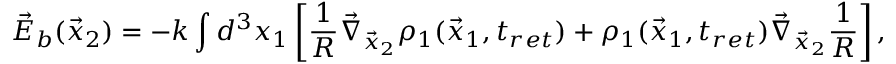
\vec { E } _ { b } ( \vec { x } _ { 2 } ) = - k \int d ^ { 3 } x _ { 1 } \left[ \frac { 1 } { R } \vec { \nabla } _ { \vec { x } _ { 2 } } \rho _ { 1 } ( \vec { x } _ { 1 } , t _ { r e t } ) + \rho _ { 1 } ( \vec { x } _ { 1 } , t _ { r e t } ) \vec { \nabla } _ { \vec { x } _ { 2 } } \frac { 1 } { R } \right] ,